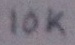
Text: 10K